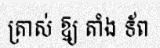
ត្រាស់ ឱ្យ តាំង ទ័ព